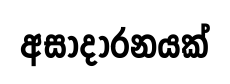
අසාදාරනයක්